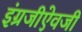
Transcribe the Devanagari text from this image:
इंग्रजीऐवजी